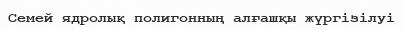
Семей ядролық полигонның алғашқы жүргізілуі